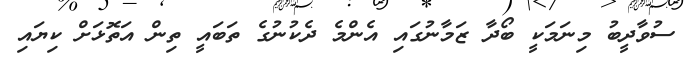
ސުވާދީބު މިނަމަކީ ބޯދާ ޒަމާނުގައި އެންމެ ދެކުނުގެ ތަބައީ ތިން އަތޮޅަށް ކިޔައި